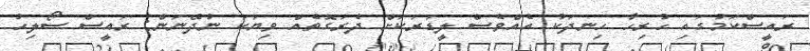
ރައީސްކަމުގައި ހުރިހާ ހިނދަކު އެއްވެސް ލީޑަރަކަށް ދެރަގޮތެއް ވިޔަކަ ނުދޭނަން: ރައީސް ސޯލިހު